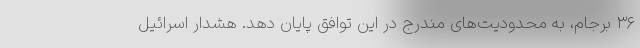
۳۶ برجام، به محدودیت‌های مندرج در این توافق پایان دهد. هشدار اسرائیل